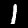
Label: 1